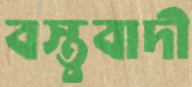
বস্তুবাদী